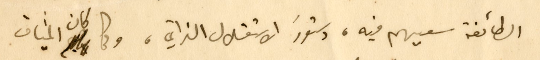
الطائفة سعيهم فيه، دستورَ الاستقلال الذاتي، وكما كان الميثاق